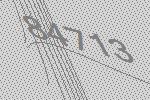
84713